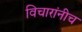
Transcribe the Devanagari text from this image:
विचारांनीच